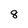
Character: 8